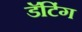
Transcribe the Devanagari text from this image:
डॅटिंग